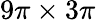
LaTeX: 9\pi\times 3\pi